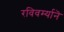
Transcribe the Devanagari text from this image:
रविवर्म्यानॆ